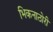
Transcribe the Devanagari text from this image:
भिकनाठोरी